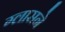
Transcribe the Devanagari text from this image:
ग्लासने